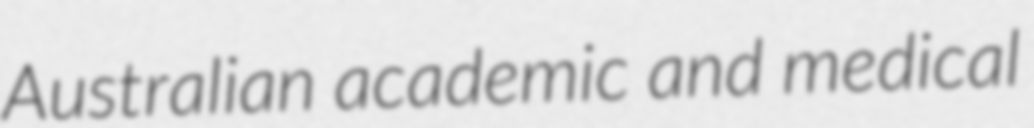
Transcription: Australian academic and medical